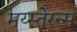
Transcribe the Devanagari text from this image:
मय्स्तेरन्स